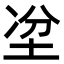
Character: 𡋇